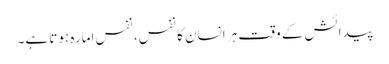
پیدائش کے وقت ہر انسان کا نفس، نفس امارہ ہوتا ہے۔